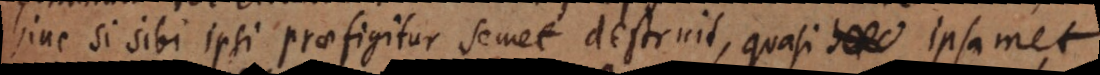
hinc si sibi ipsi praefigitur semet destruit, quasi ipsamet